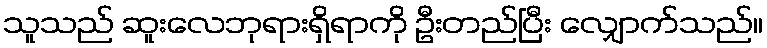
သူသည် ဆူးလေဘုရားရှိရာကို ဦးတည်ပြီး လျှောက်သည်။